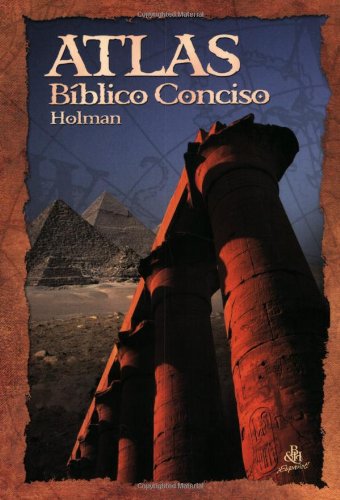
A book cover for Atlas Biblico Conciso De Holman; B&H EspaÃ±ol Editorial Staff; Christian Books & Bibles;